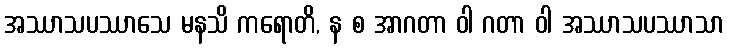
အဿာသပဿာသေ မနသိ ကရောတိ, န စ အာဂတာ ဝါ ဂတာ ဝါ အဿာသပဿာသာ